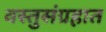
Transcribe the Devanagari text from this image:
वस्तुसंग्रहात